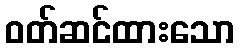
ဝတ်ဆင်ထားသော